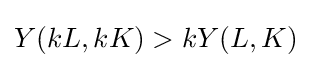
Y(kL,kK)>kY(L,K)